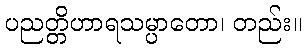
ပညတ္တိဟာရသမ္ပာတော၊ တည်း။